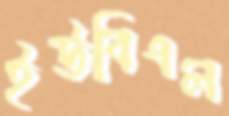
ইউবিএল